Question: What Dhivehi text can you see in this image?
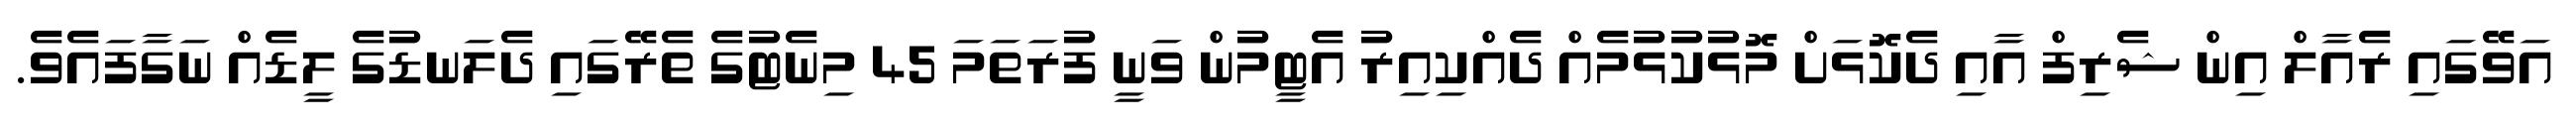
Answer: އަވޭގައި ރެއާލް އިން ޝެރިފް އާއި ދެކޮޅަށް މޮޅުކުޅުމެއް ދެއްކިއިރު އެޓީމުން ވަނީ ފުރަތަމަ 45 މިނެޓުގެ ތެރޭގައި ދެލަނޑުގެ ލީޑެއް ނަގާފައެވެ.